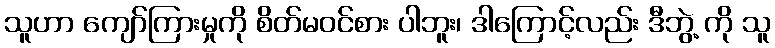
သူဟာ ကျော်ကြားမှုကို စိတ်မဝင်စား ပါဘူး၊ ဒါကြောင့်လည်း ဒီဘွဲ့ ကို သူ